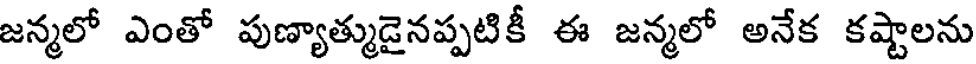
జన్మలో ఎంతో పుణ్యాత్ముడైనప్పటికీ ఈ జన్మలో అనేక కష్టాలను